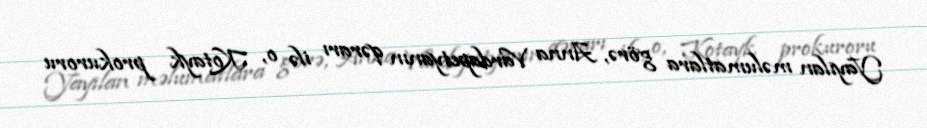
Yayılan məlumatlara görə, Anna Vardapetyanın qərarı ilə o, Kotayk prokuroru